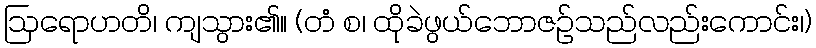
ဩရောဟတိ၊ ကျသွား၏။ (တံ စ၊ ထိုခဲဖွယ်ဘောဇဉ်သည်လည်းကောင်း၊)